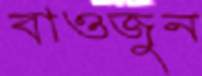
বাওজুন